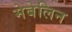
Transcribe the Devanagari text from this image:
मेबेलिन